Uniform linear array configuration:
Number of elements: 8
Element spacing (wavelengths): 0.25
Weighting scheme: exponential
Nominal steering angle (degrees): -45
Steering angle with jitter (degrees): -43.557
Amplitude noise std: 0.05
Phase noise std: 0.05

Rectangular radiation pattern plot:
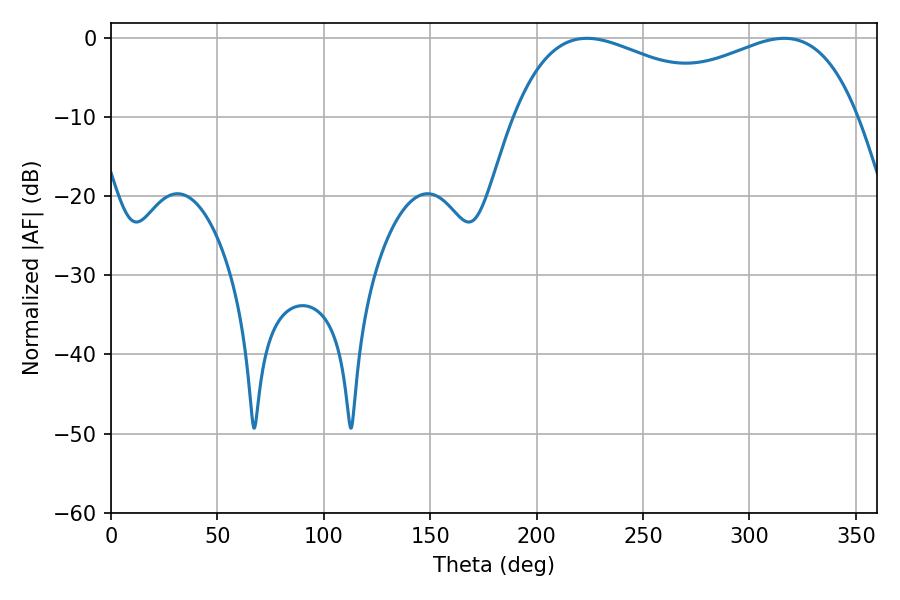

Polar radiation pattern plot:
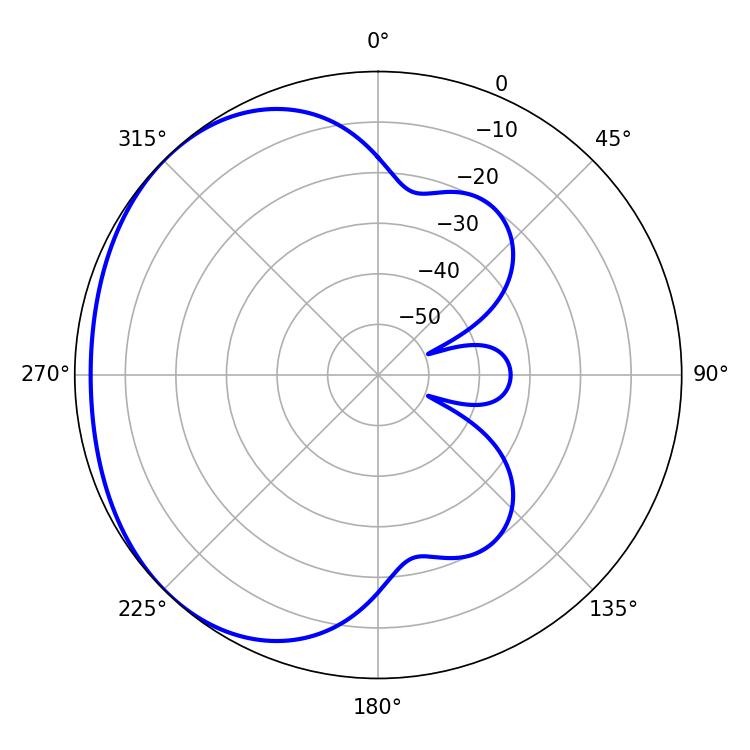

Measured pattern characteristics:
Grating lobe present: FALSE
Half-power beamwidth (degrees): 60.3
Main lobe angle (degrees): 223.56